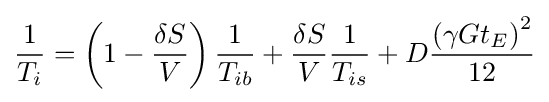
{\frac {1}{T_{i}}}=\left(1-{\frac {\delta S}{V}}\right){\frac {1}{T_{ib}}}+{\frac {\delta S}{V}}{\frac {1}{T_{is}}}+D{\frac {\left({\gamma Gt_{E}}\right)^{2}}{12}}